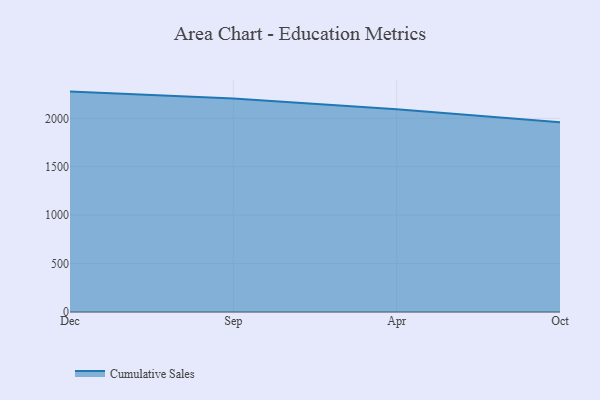
{"axis": {"x": "Month", "y": "Backlog"}, "legend": ["Cumulative Sales"], "data": [{"x": "Dec", "y": 2275.7, "type": "Cumulative Sales"}, {"x": "Sep", "y": 2204.7, "type": "Cumulative Sales"}, {"x": "Apr", "y": 2093.7, "type": "Cumulative Sales"}, {"x": "Oct", "y": 1958.9, "type": "Cumulative Sales"}]}